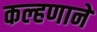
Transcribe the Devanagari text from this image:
कल्हणाने